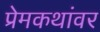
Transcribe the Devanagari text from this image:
प्रेमकथांवर